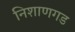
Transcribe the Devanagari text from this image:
निशाणगड